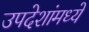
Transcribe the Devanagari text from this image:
उपदेशांमध्ये